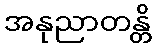
အနုညာတန္တိ